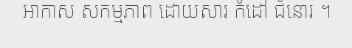
អាកាស សកម្មភាព ដោយសារ កំដៅ ជំនោរ ។